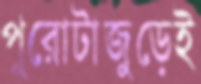
পুরোটাজুড়েই